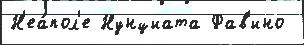
Н'еа́пол'е Нунциата Фав'ино